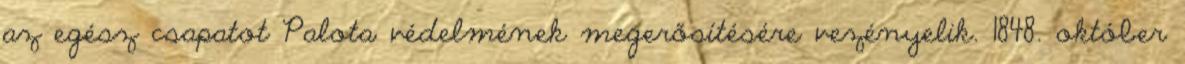
az egész csapatot Palota védelmének megerősítésére vezényelik. 1848. október